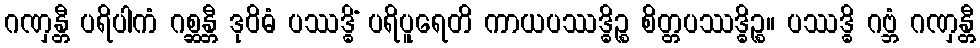
ဂဏှန္တီ ပရိပါကံ ဂစ္ဆန္တီ ဒုဝိဓံ ပဿဒ္ဓိံ ပရိပူရေတိ ကာယပဿဒ္ဓိဉ္စ စိတ္တပဿဒ္ဓိဉ္စ။ ပဿဒ္ဓိ ဂဗ္ဘံ ဂဏှန္တီ